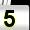
Digit: 5